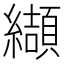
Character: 纈